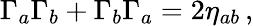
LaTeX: \Gamma_{a}\Gamma_{b}+\Gamma_{b}\Gamma_{a}=2\eta_{ab}\, ,